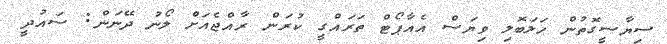
ސިޔާސީގޮތުން ހަލަބޮލި ވިޔަސް އެއާޕޯޓް ތަރައްގީ ކުރަން ރާއްޖެއަށް ލޯނު ދޭނަން: ސައުދީ